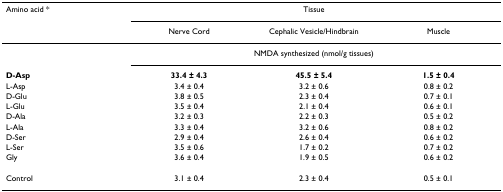
<table><thead><tr><td><b>Amino acid *</b></td><td colspan="3"><b>Tissue</b></td></tr><tr><td></td><td><b>Nerve Cord</b></td><td><b>Cephalic Vesicle/Hindbrain</b></td><td><b>Muscle</b></td></tr></thead><tbody><tr><td></td><td colspan="3">NMDA synthesized (nmol/g tissues)</td></tr><tr><td><b>D-Asp</b></td><td><b>33.4 ± 4.3</b></td><td><b>45.5 ± 5.4</b></td><td><b>1.5 ± 0.4</b></td></tr><tr><td>L-Asp</td><td>3.4 ± 0.4</td><td>3.2 ± 0.6</td><td>0.8 ± 0.2</td></tr><tr><td>D-Glu</td><td>3.8 ± 0.5</td><td>2.3 ± 0.4</td><td>0.7 ± 0.1</td></tr><tr><td>L-Glu</td><td>3.5 ± 0.4</td><td>2.1 ± 0.4</td><td>0.6 ± 0.1</td></tr><tr><td>D-Ala</td><td>3.2 ± 0.3</td><td>2.2 ± 0.3</td><td>0.5 ± 0.2</td></tr><tr><td>L-Ala</td><td>3.3 ± 0.4</td><td>3.2 ± 0.6</td><td>0.8 ± 0.2</td></tr><tr><td>D-Ser</td><td>2.9 ± 0.4</td><td>2.6 ± 0.4</td><td>0.6 ± 0.2</td></tr><tr><td>L-Ser</td><td>3.5 ± 0.6</td><td>1.7 ± 0.2</td><td>0.7 ± 0.2</td></tr><tr><td>Gly</td><td>3.6 ± 0.4</td><td>1.9 ± 0.5</td><td>0.6 ± 0.2</td></tr><tr><td>Control</td><td>3.1 ± 0.4</td><td>2.3 ± 0.4</td><td>0.5 ± 0.1</td></tr></tbody></table>